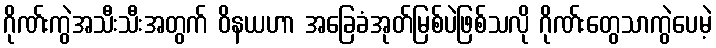
ဂိုဏ်းကွဲအသီးသီးအတွက် ဝိနယဟာ အခြေခံအုတ်မြစ်ပဲဖြစ်သလို ဂိုဏ်းတွေသာကွဲပေမဲ့